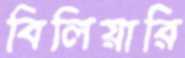
বিলিয়ারি